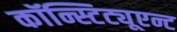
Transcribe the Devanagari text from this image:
कॉन्स्टिट्यूएन्ट